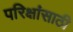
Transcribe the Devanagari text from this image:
परिक्षांसाठी